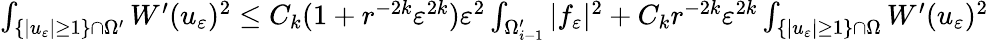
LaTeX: \begin{array}{r}{\int_{\{ |u_{\varepsilon}|\geq 1\} \cap\Omega^{\prime}}W^{\prime}(u_{\varepsilon})^{2}\leq C_{k}(1+r^{-2k}\varepsilon^{2k})\varepsilon^{2}\int_{\Omega_{i-1}^{\prime}}|f_{\varepsilon}|^{2}+C_{k}r^{-2k}\varepsilon^{2k}\int_{\{ |u_{\varepsilon}|\geq 1\} \cap\Omega}W^{\prime}(u_{\varepsilon})^{2}}\end{array}